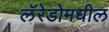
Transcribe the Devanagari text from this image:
लॅरेडोमधील